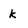
Character: k